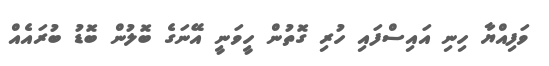
ވަފިއްޔާ ހިނި އައިސްފައި ހުރި ގޮތުން ހީވަނީ އޭނަގެ ބޮލުން ބޮޑު ބުރައެއް